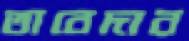
তাবেদার